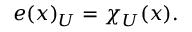
e ( x ) _ { U } = \chi _ { U } ( x ) .